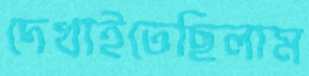
দেখাইতেছিলাম